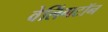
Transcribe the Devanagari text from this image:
वेलिंगटॉन